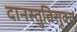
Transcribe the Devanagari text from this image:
दानस्तुतिसूक्त